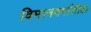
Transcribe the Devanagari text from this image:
विमानवर्गातील